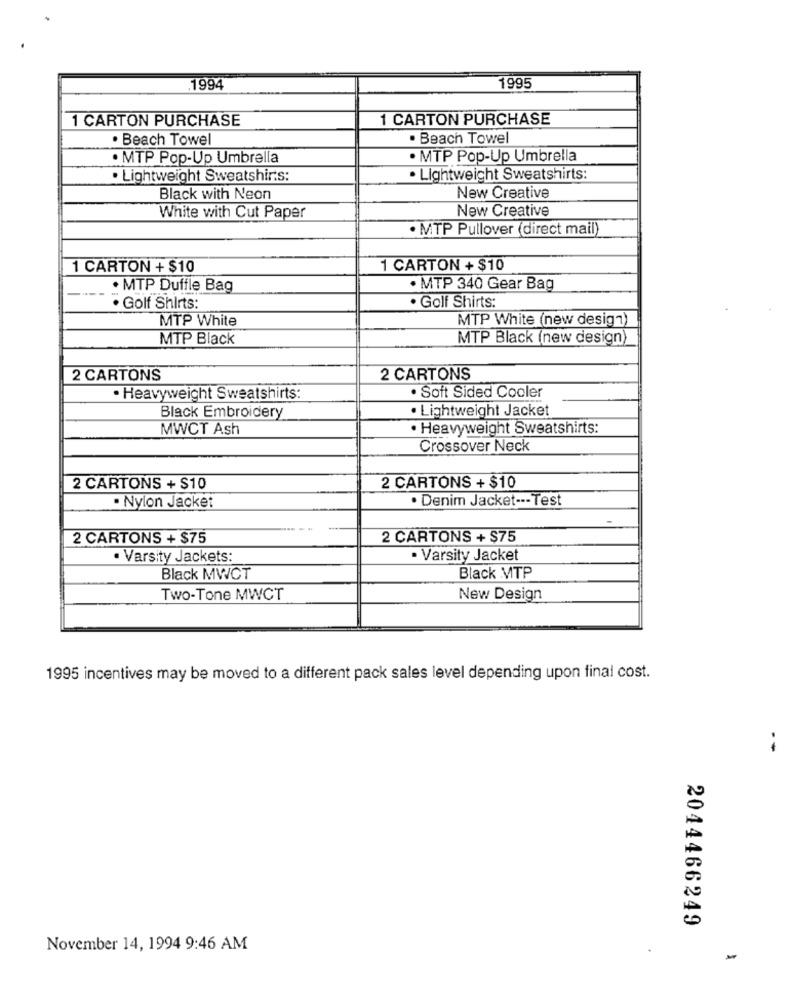
.1994
1995
1 CARTON PURCHASE
1 CARTON PURCHASE
. Beach Towel
. Beach Towel
· MTP Pop-Up Umbrella
· MTP Pop-Up Umbrella
. Lightweight Sweatshirts:
. Lightweight Sweatshirts:
Black with Neon
New Creative
New Creative
White with Cut Paper
· MTP Pullover (direct mail)
1 CARTON + $10
1 CARTON + $10
. MTP Duffle Bag
· MTP 340 Gear Bag
. Golf Shirts:
. Golf Shirts:
MTP White
MTP White (new design)
MTP Black
MTP Black (new design)
2 CARTONS
2 CARTONS
· Heavyweight Sweatshirts:
. Soft Sided Cooler
Black Embroidery
· Lightweight Jacket
MWCT Ash
· Heavyweight Sweatshirts:
Crossover Neck
2 CARTONS + $10
2 CARTONS + $10
. Nylon Jacket
· Denim Jacket --- Test
2 CARTONS + $75
2 CARTONS + $75
· Varsity Jackets:
· Varsity Jacket
Black MWCT
Black MTP
Two-Tone MWCT
New Design
1995 incentives may be moved to a different pack sales level depending upon final cost.
2044466249
November 14, 1994 9:46 AM